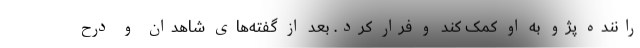
راننده پژو به او کمک کند و فرار کرد. بعد از گفته‌های شاهدان و درح